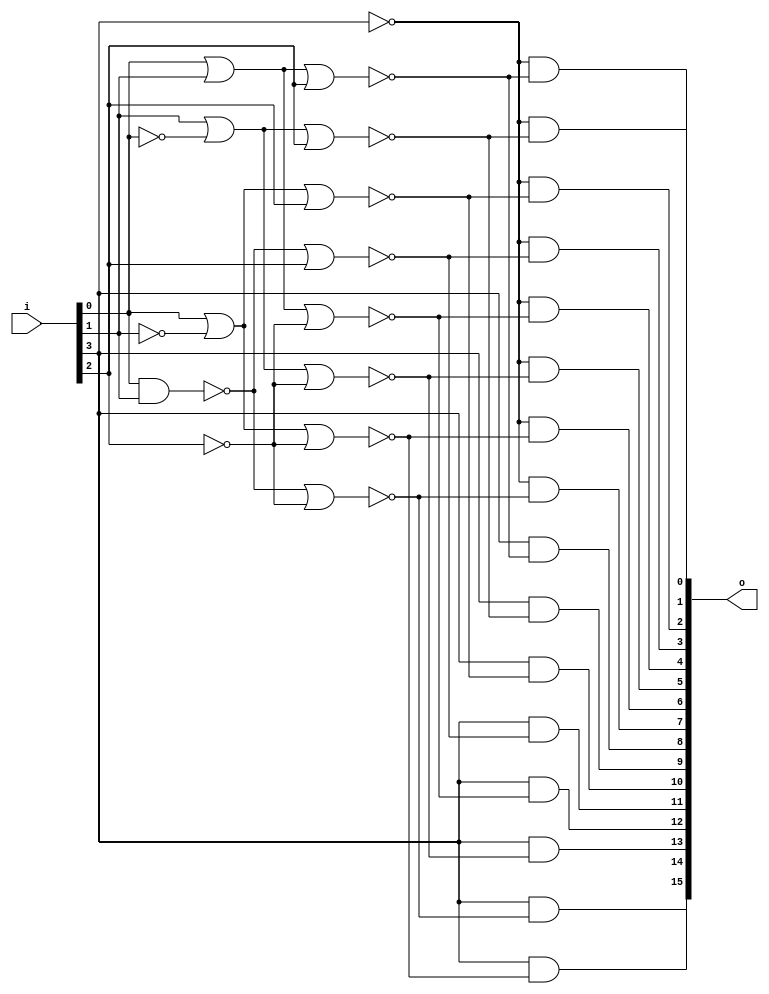
/* Generated by Yosys 0.27+9 (git sha1 101d19bb6, gcc 11.2.0-7ubuntu2 -fPIC -Os) */

(* top =  1  *)

module bsg_decode(i, o);
  wire _00_;
  wire _01_;
  wire _02_;
  wire _03_;
  wire _04_;
  wire _05_;
  wire _06_;
  wire _07_;
  wire _08_;
  wire _09_;
  wire _10_;
  wire _11_;
  wire _12_;
  wire _13_;
  
  input [3:0] i;
  wire [3:0] i;
  
  output [15:0] o;
  wire [15:0] o;
  assign _00_ = ~i[3];
  assign _01_ = i[0] | i[1];
  assign _02_ = _01_ | i[2];
  assign o[0] = _00_ & ~(_02_);
  assign _03_ = i[1] | ~(i[0]);
  assign _04_ = _03_ | i[2];
  assign o[1] = _00_ & ~(_04_);
  assign _05_ = i[0] | ~(i[1]);
  assign _06_ = _05_ | i[2];
  assign o[2] = _00_ & ~(_06_);
  assign _07_ = ~(i[0] & i[1]);
  assign _08_ = _07_ | i[2];
  assign o[3] = _00_ & ~(_08_);
  assign _09_ = ~i[2];
  assign _10_ = _01_ | _09_;
  assign o[4] = _00_ & ~(_10_);
  assign _11_ = _03_ | _09_;
  assign o[5] = _00_ & ~(_11_);
  assign _12_ = _05_ | _09_;
  assign o[6] = _00_ & ~(_12_);
  assign _13_ = _07_ | _09_;
  assign o[7] = _00_ & ~(_13_);
  assign o[8] = i[3] & ~(_02_);
  assign o[9] = i[3] & ~(_04_);
  assign o[10] = i[3] & ~(_06_);
  assign o[11] = i[3] & ~(_08_);
  assign o[12] = i[3] & ~(_10_);
  assign o[13] = i[3] & ~(_11_);
  assign o[14] = i[3] & ~(_12_);
  assign o[15] = i[3] & ~(_13_);
endmodule